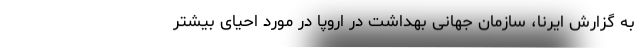
به گزارش ایرنا، سازمان جهانی بهداشت در اروپا در مورد احیای بیشتر